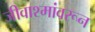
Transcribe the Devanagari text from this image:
जीवाश्मांवरून